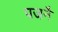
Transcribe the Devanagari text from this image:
पजनै